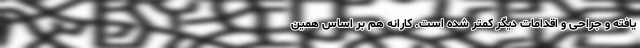
یافته و جراحی و اقدامات دیگر کمتر شده است. کارانه هم بر اساس همین